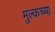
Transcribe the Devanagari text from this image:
मुल्कच्या